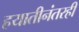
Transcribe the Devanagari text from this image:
हयातीनंतरही